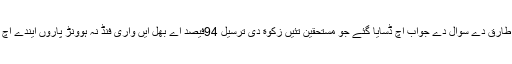
رکن اسمبلی میاں طارق دے سوال دے جواب اچ ڈسایا گئے جو مستحقین تئیں زکوٰة دی ترسیل 94فیصد اے بھل ایں واری فنڈ نہ ہوونڑ پاروں ایندے اچ کجھ دیرتھئی اے۔